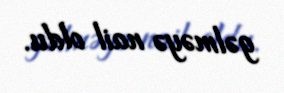
gəlməyə nail oldu.